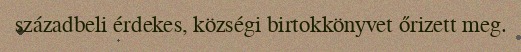
századbeli érdekes, községi birtokkönyvet őrizett meg.